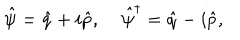
LaTeX: \hat { \psi } = \hat { q } + i \hat { p } , \; \hat { \psi } ^ { \dagger } = \hat { q } - i \hat { p } ,